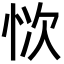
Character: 𢙊